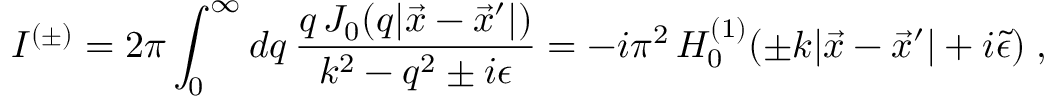
I ^ { ( \pm ) } = 2 \pi \int _ { 0 } ^ { \infty } d q \, \frac { q \, J _ { 0 } ( q | \vec { x } - \vec { x } ^ { \prime } | ) } { k ^ { 2 } - q ^ { 2 } \pm i \epsilon } = - i \pi ^ { 2 } \, H _ { 0 } ^ { ( 1 ) } ( \pm k | \vec { x } - \vec { x } ^ { \prime } | + i \tilde { \epsilon } ) \; ,